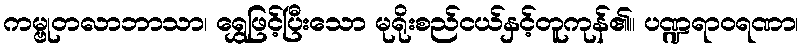
ကမ္ဗုတလာဘာသာ၊ ရွှေဖြင့်ပြီးသော မုရိုးစည်ငယ်နှင့်တူကုန်၏။ ပဏ္ဍရာဝရဏာ၊